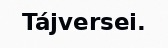
Tájversei.